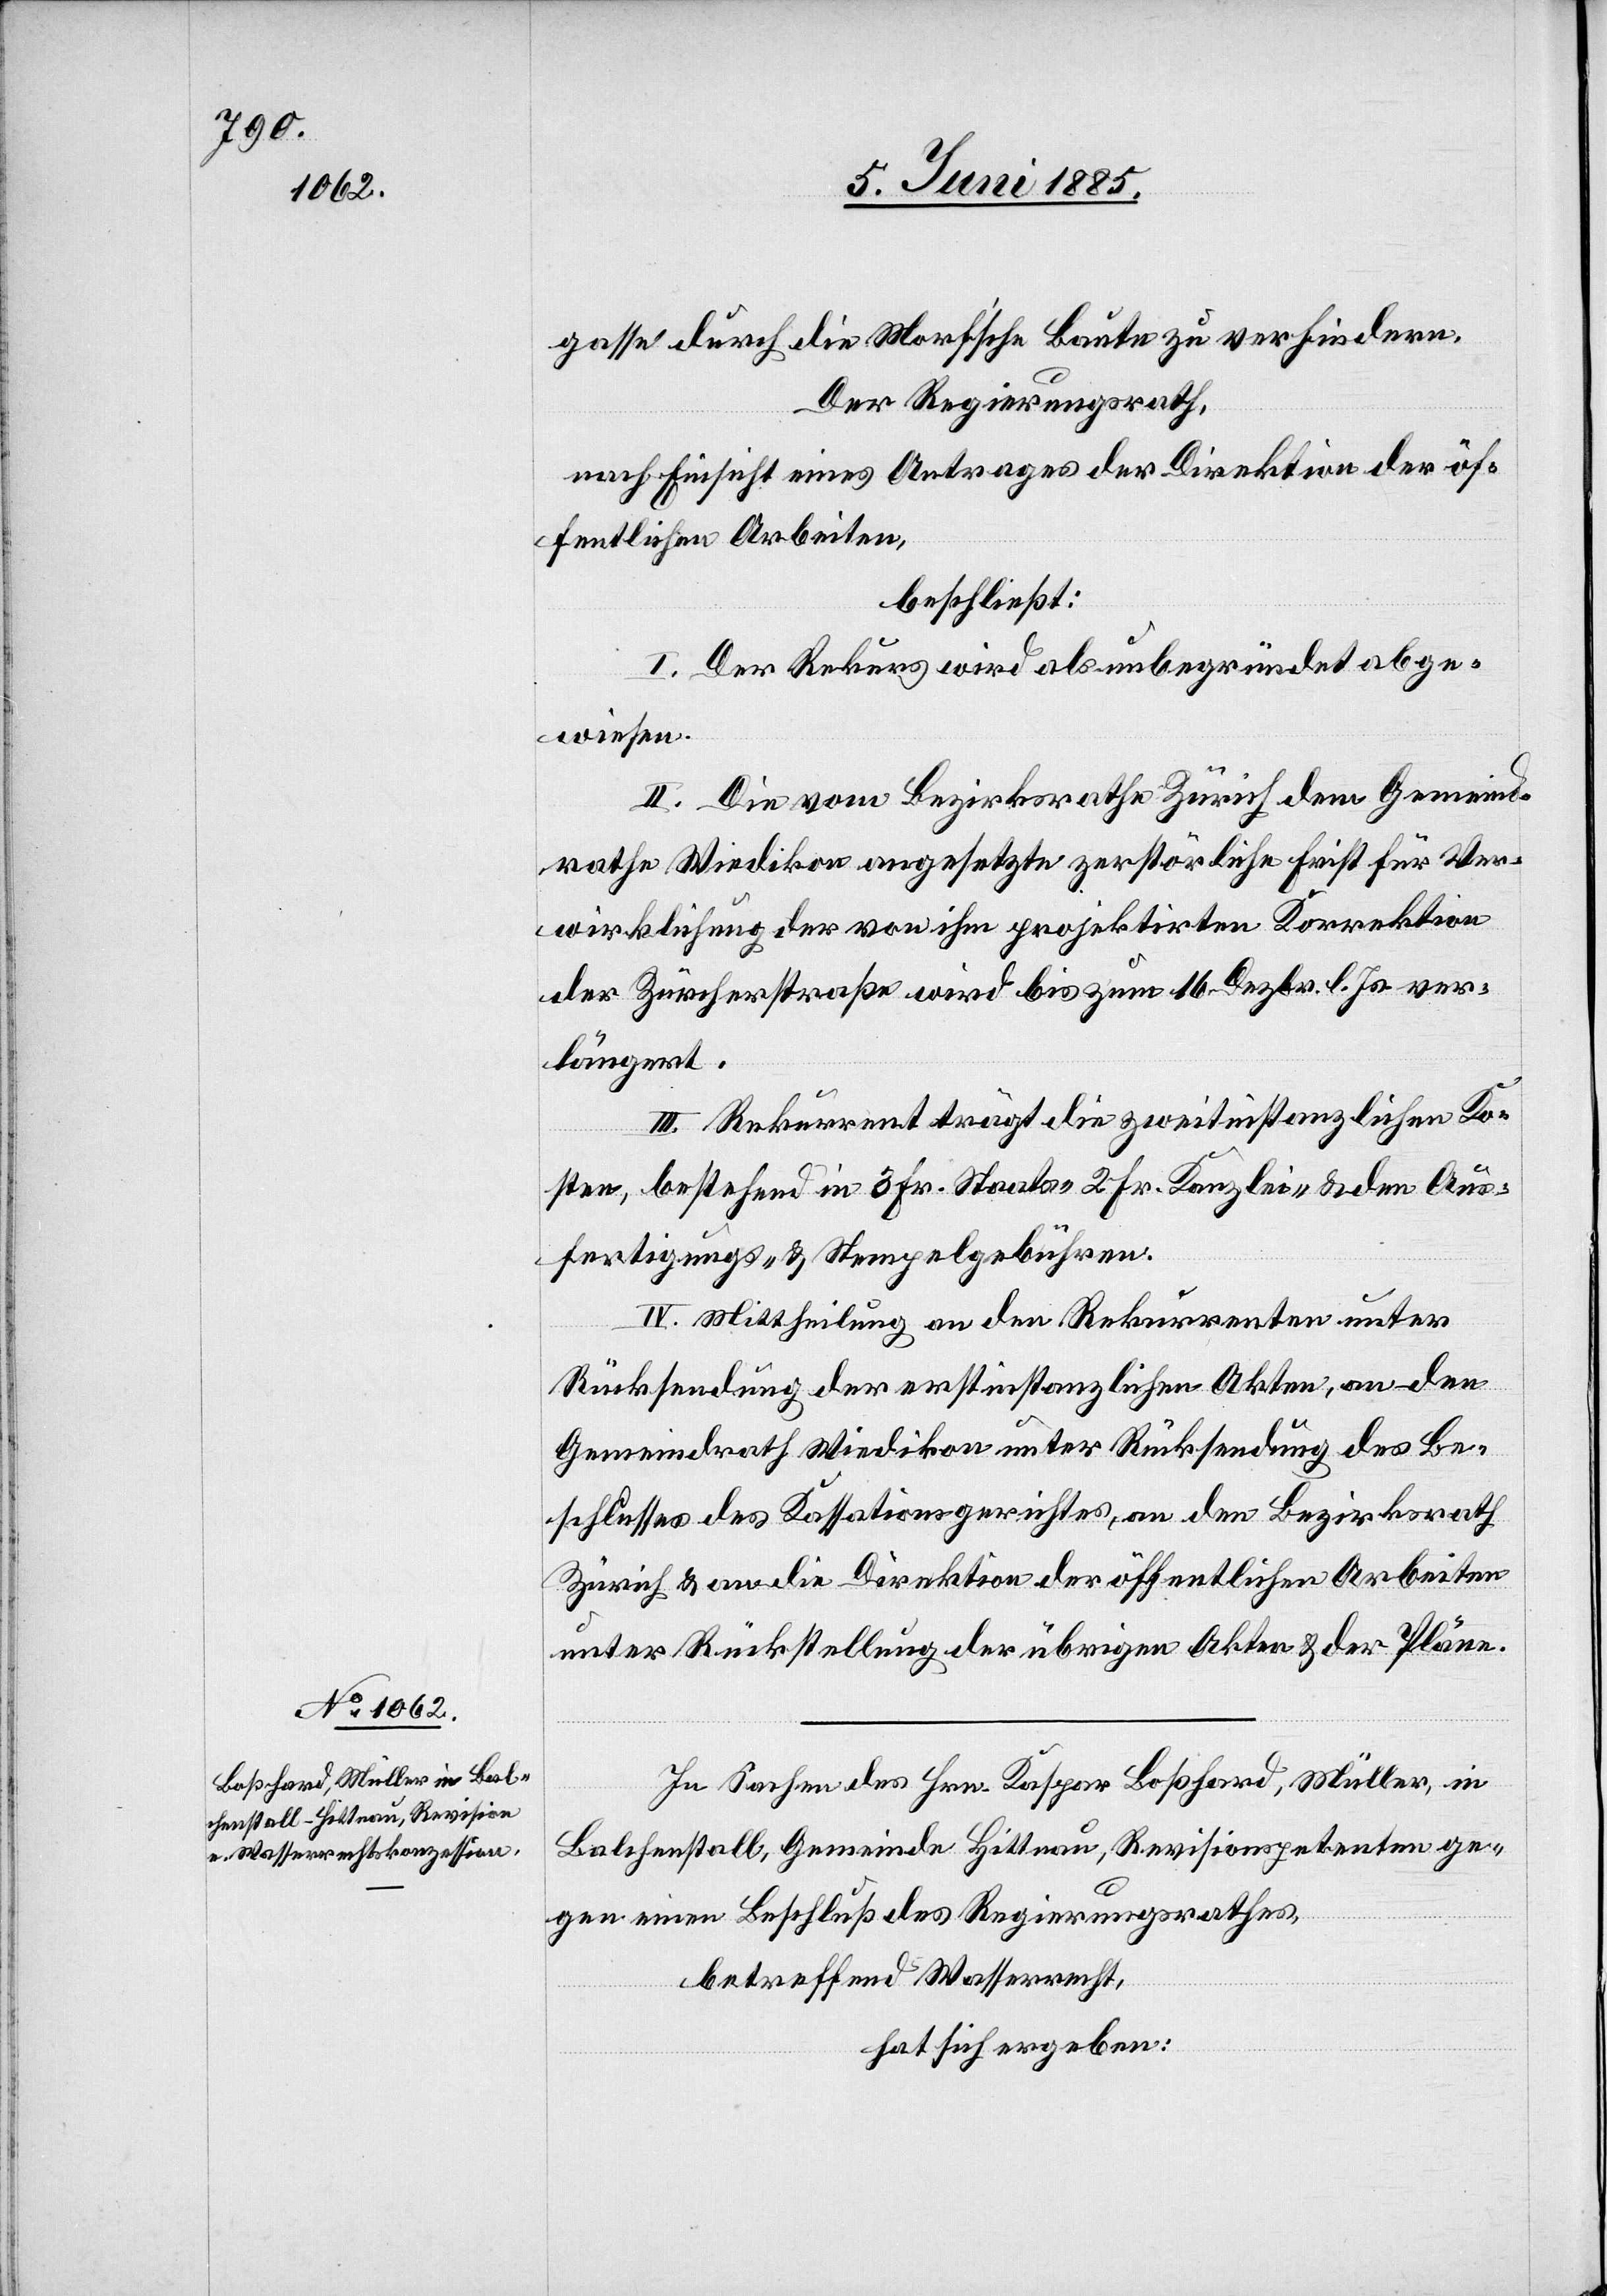
gasse durch die Morf’sche Baute zu verhindern.
Der Regierungsrath,
nach Einsicht eines Antrages der Direktion der öf¬
fentlichen Arbeiten,
beschließt:
I. Der Rekurs wird als unbegründet abge¬
wiesen.
II. Die vom Bezirksrathe Zürich dem Gemeind¬
rathe Wiedikon angesetzte zerstörliche Frist für Ver¬
wirklichung der von ihm projektirten Korrektion
der Zürcherstraße wird bis zum 16. Dezbr. l. Js. ver¬
längert.
III. Rekurrent trägt die zweitinstanzlichen Ko¬
sten, bestehend in 3 Fr. Staats-[,] 2 Fr. Kanzlei- & den Aus¬
fertigungs- & Stempelgebühren.
IV. Mittheilung an den Rekurrenten unter
Rücksendung der erstinstanzlichen Akten, an den
Gemeindrath Wiedikon unter Rücksendung des Be¬
schlusses des Kassationsgerichtes, an den Bezirksrath
Zürich & an die Direktion der öffentlichen Arbeiten
unter Rückstellung der übrigen Akten & der Pläne.
In Sachen des Hrn. Kaspar Boßhard, Müller, in
Balchenstall, Gemeinde Hittnau, Revisionspetenten ge¬
gen einen Beschluß des Regierungsrathes,
betreffend Wasserrecht,
hat sich ergeben: